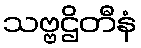
သဗ္ဗဌိတီနံ